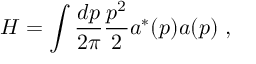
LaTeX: H = \int { \frac { d p } { 2 \pi } } { \frac { p ^ { 2 } } { 2 } } a ^ { * } ( p ) a ( p ) \; ,